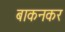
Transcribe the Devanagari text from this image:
बाकनकर